Annual statistical returns and brief notes on vaccination in Bengal - 1909-1929
Year: 1909
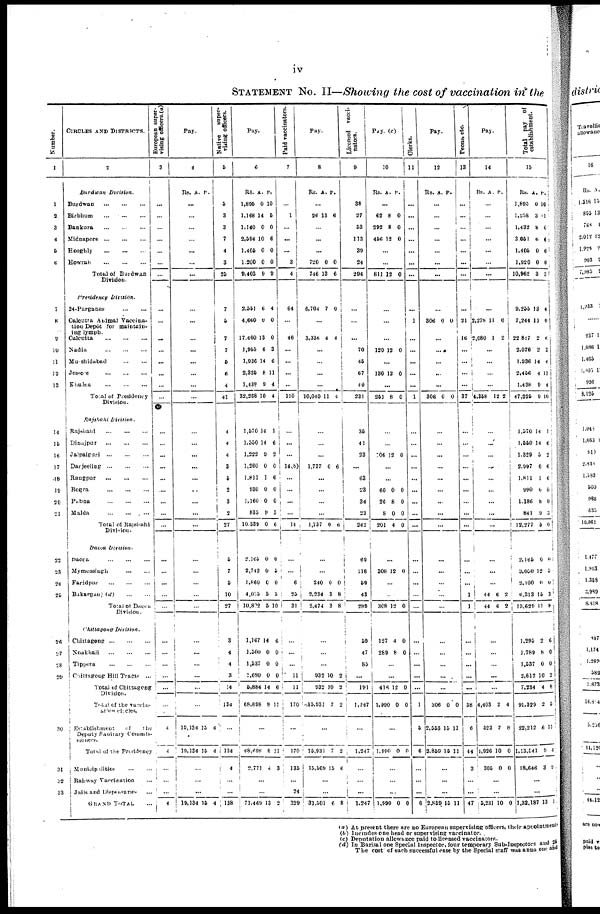
iv
STATEMENT No. II—Showing the cost of vaccination in the
Number.
1
1
2
3
4
6
6
7
8
9
10
11
12
13
14
15
16
17
18
19
20
21
22
23
24
20
26
27
28
29
30
31
32
33
CIRCLES AND DISTRICTS.
2
Burdwan Division.
Burdwan... ... ...
Birbhum...
...
...
Bankura...
...
...
Midnapore...
...
...
Hooghly...
...
...
Howrah...
...
...
Total of Burdwan
Division.
Presidency Division.
24-Parganas... ... ...
Calcutta Animal Vaccina¬
tion Depôt for maintain¬
ing lymph.
Calcutta
...
...
...
Nadia...
...
...
Murshidabad...
...
...
Jessore...
...
...
Khulna...
...
...
Total of Presidency
Division.
Rajshahi
Division.
Rajshahi...
...
...
Dinajpur...
...
...
Jalpaiguri...
...
...
Darjeeling...
...
...
Rangpur...
...
...
Bogra...
...
...
Pabna...
...
...
Malda...
...
...
Total of Rajshahi
Division.
Dacca Division.
Dacca...
...
...
...
Mymensingh...
...
...
Faridpur...
...
...
Bikarganj
(d)... ... ...
Total of Dacca
Division.
Chittagong
Division.
Chittagong...
...
...
Noakhail...
...
...
Tippera... ... ...
Chittragong Hill Tract. ...
Total of Chittagong
Division.
Total of the vaccin¬
ation circles.
Establishment
of
the
Deputy Sanitary Commis¬
sioners.
Total of the Presidency
Municipalities...
...
Railway Vaccination
Jails and Dispensaries.
GRAND TOTAL...
European super-
vising officers.(a)
3
...
...
...
...
...
...
...
...
...
...
...
...
...
...
...
...
...
...
...
...
....
...
...
...
...
...
...
...
...
...
...
...
...
...
...
4
4
...
...
...
4
Pay.
4
Rs. A. P.
...
...
...
...
...
...
...
...
...
...
...
...
...
...
...
...
...
...
...
...
...
...
...
...
...
...
...
...
...
...
...
...
...
...
...
10,134
19,134
13
15
4
4
...
...
...
10,134 15 4
Native
super¬
vising officers.
5
6
8
3
7
4
3
25
7
6
7
7
5
6
4
41
4
4
4
8
5
2
3
2
27
5
7
5
10
27
3
4
4
3
14
134
...
134
4
...
...
138
Pay.
6
Rs.
1,895
1,168
1,140
2,594
1,405
1,200
9,403
A.
0
14
0
10
0
0
9
P.
10
5
0
6
0
0
9
2,551
4,660
17,400
1,953
1,936
2,325
1,438
32,268
1,570
1,550
1,222
1,260
1,811
930
1,160
835
10,339
6
0
13
6
14
8
9
10
14
14
9
0
1
0
0
9
0
4
0
0
3
6
11
4
4
1
6
2
0
6
0
0
3
6
2,165
2,742
1,860
4,055
10,802
0
0
0
5
5
0
5
0
5
10
1,167
1,500
1,537
1,680
5,884
68,698
14
0
0
0
14
8
6
0
0
0
6
11
...
68,698
2,771
8
4
11
3
...
...
71,469 13 2
Paid vaccinators.
7
...
1
...
...
...
3
4
64
...
46
...
...
...
...
110
...
...
...
14(b)
...
...
...
...
14
...
...
6
25
31
...
...
...
11
11
170
...
170
135
...
24
329
Pay.
8
Rs. A. P.
...
26 13 6
...
...
...
720
746
0
13
0
6
6,704 7 0
...
3,336 4 4
...
...
...
...
10,040 11 4
...
...
...
1,737 0 6
...
...
...
...
1,737 0 6
...
...
240
2,234
3,474
0
3
3
0
8
8
...
...
...
932
932
415,931
10
10
7
2
2
2
...
15,931
15,569
7
15
2
6
...
...
31,501 6 8
Licensed vacci¬
nators.
9
38
27
53
113
39
24
394
...
...
...
70
45
67
49
231
35
41
23
...
63
23
34
23
242
69
118
59
43
289
59
47
83
...
191
1,247
...
1,247
...
...
...
1,247
Pay. (c)
10
Rs. A. P.
...
62
392
456
8
8
12
0
0
0
...
...
811 13 0
...
...
...
120 12 0
...
130 12 0
...
251 8 0
...
...
206 12 0
...
...
60
26
8
201
0
8
0
4
0
0
0
0
...
308 12 0
...
...
308 12 0
127
289
4
8
0
0
...
...
416
1,890
12
0
0
0
...
1,990 0 0
...
...
...
1,990 0 0
Clerks.
11
...
...
...
...
...
...
...
...
1
...
...
...
...
...
1
...
...
...
...
...
...
...
...
...
...
...
...
...
...
...
...
...
...
...
1
5
6
...
...
...
6
Pay.
12
Rs. A. P.
...
...
...
...
...
...
...
...
306 0 0
...
...
...
...
...
306 0 0
...
...
...
...
...
...
...
...
...
...
...
...
...
...
...
...
...
...
...
306
2,553
2,859
0
15
15
0
11
11
...
...
...
2,859 15 11
Peons, etc.
13
...
...
...
...
...
...
...
...
31
16
...
...
...
...
37
...
...
...
...
...
...
...
...
...
...
...
...
1
1
...
...
...
...
...
38
6
44
3
...
...
47
Pay.
14
Rs. A. P.
...
...
...
...
...
...
...
...
2,278
2,080
11
1
0
2
...
...
...
...
4,358 12.2
...
...
...
...
...
...
...
...
...
...
...
...
44
44
6
6
2
2
...
...
...
...
...
4,403
523
1,926
305
2
7
10
0
4
8
0
0
...
...
5,231 10 0
Total pay of
establishment.
15
Rs.
1,895
l,208
1,432
3,051
1,405
1,920
10,962
A.
0
3
8
6
0
0
3
P.
10
1
0
6
0
0
3
9,255
7,244
22,817
2,076
1,936
2,456
1,438
47,225
1,570
1,550
1,329
2,997
1,811
990
1,186
841
12,277
13
11
2
2
14
4
9
0
14
14
5
0
1
0
8
9
5
4
0
6
2
6
11
4
10
1
6
2
6
6
0
0
3
0
2,165
3,050
3,100
6,313
13,629
0
12
0
15
11
0
5
0
3
8
1,295
1,789
1,537
2,612
7,234
91,329
22,212
1,13,041
18,646
2
8
0
10
4
2
6
9
3
6
0
0
2
8
5
11
4
9
...
...
1,32,187 13 1
(a) At present there are no European supervising officers, their appointments
(b) Includes one head or supervising vaccinator.
(c) Deputation allowance paid to licensed vaccinators.
.
(d) In Barisal one Special Inspector, four temporary Sub-Inspectors and 25
The cost of each successful case by the Special staff was anna one and